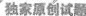
独家创试题